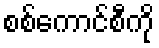
စစ်ကောင်စီကို